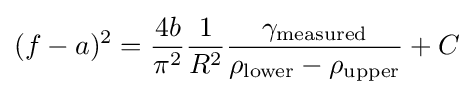
(f-a)^{2}={\frac {4b}{\pi ^{2}}}{\frac {1}{R^{2}}}{\frac {\gamma _{\text{measured}}}{\rho _{\text{lower}}-\rho _{\text{upper}}}}+C